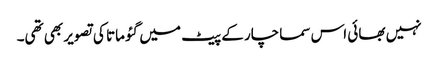
نہیں بھائی اس سماچار کے پیٹ میں گئو ماتا کی تصویر بھی تھی۔